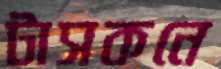
টাসকনে